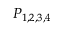
P _ { 1 , 2 , 3 , 4 }